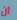
أن